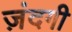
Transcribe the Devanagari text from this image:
ज़ंदगी